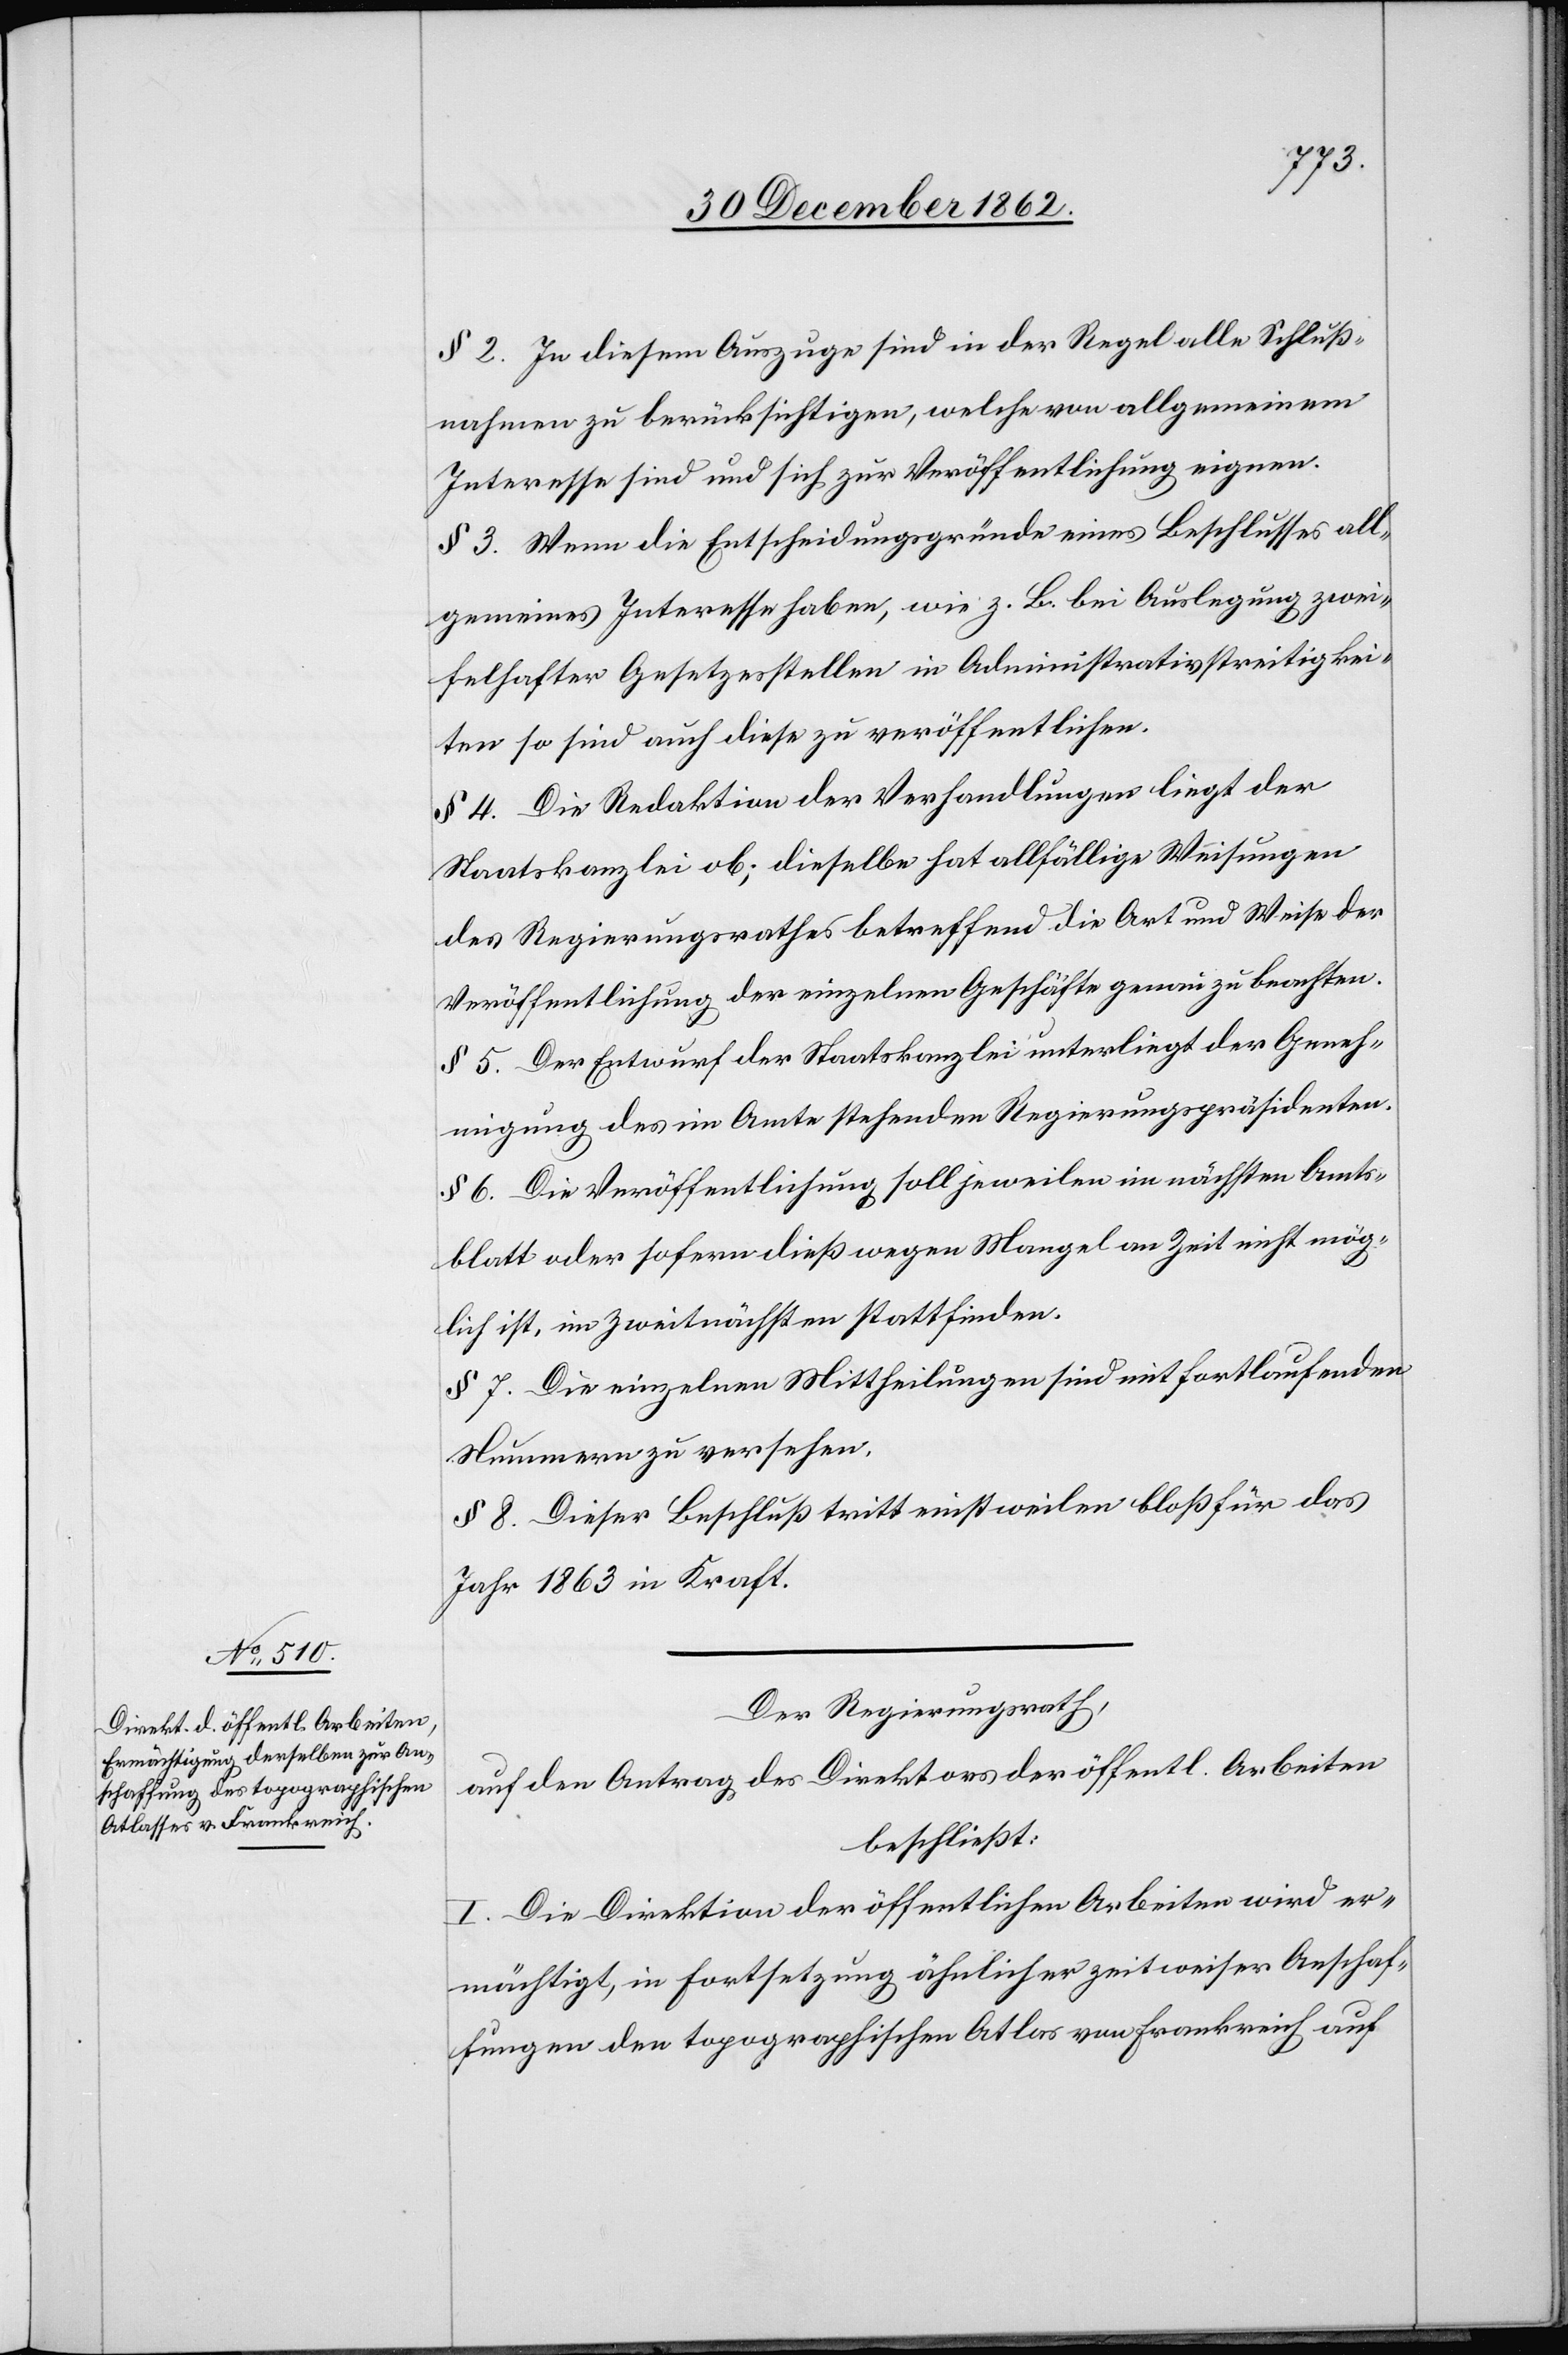
§ 2. In diesem Auszuge sind in der Regel alle Schluß¬
nahmen zu berücksichtigen, welche von allgemeinem
Interesse sind und sich zur Veröffentlichung eignen.
§ 3. Wenn die Entscheidungsgründe eines Beschlusses all¬
gemeines Interesse haben, wie z. B. bei Auslegung zwei¬
felhafter Gesetzesstellen in Administrativstreitigkei¬
ten so sind auch diese zu veröffentlichen.
§ 4. Die Redaktion der Verhandlungen liegt der
Staatskanzlei ob; dieselbe hat allfällige Weisungen
des Regierungsrathes betreffend die Art und Weise der
Veröffentlichung der einzelnen Geschäfte genau zu beachten.
§ 5. Der Entwurf der Staatskanzlei unterliegt der Geneh¬
migung des im Amte stehenden Regierungspräsidenten.
§ 6. Die Veröffentlichung soll jeweilen im nächsten Amts¬
blatt oder sofern dieß wegen Mangel an Zeit nicht mög¬
lich ist, im Zweitnächsten stattfinden.
§ 7. Die einzelnen Mittheilungen sind mit fortlaufenden
Nummern zu versehen.
§ 8. Dieser Beschluß tritt einstweilen bloß für das
Jahr 1863 in Kraft.
Der Regierungsrath,
auf den Antrag des Direktors der öffentl. Arbeiten
beschließt:
I. Die Direktion der öffentlichen Arbeiten wird er¬
mächtigt, in Fortsetzung ähnlicher zeitweiser Anschaf¬
fungen den topographischen Atlas von Frankreich auf